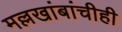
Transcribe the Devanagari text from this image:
मल्लखांबांचीही